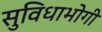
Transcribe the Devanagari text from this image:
सुविधाभोगी